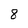
Character: 8